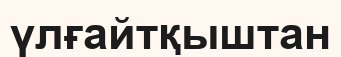
үлғайтқыштан